system: You are a helpful assistant.
user:
Analyze the provided spectrum to determine if it is a **S-type Star**.

- **Key Indicators for S-type Star:**

    - **(Overall Spectrum Shape):** The first and most obvious characteristic is the overall continuum (the "baseline" shape). It is **extremely "red-sloping,"** meaning the flux (light intensity) is very low on the left side (blue, ~4000-4500 Å) and rises steeply and continuously toward the right side (red, ~7000 Å+).

    - **(Primary):** The spectrum is defined by the presence of strong, broad molecular absorption "valleys" (bands) from **Zirconium Oxide (ZrO)**. The identification of these bands is the **primary requirement** for classifying a star as S-type.
        - **(Key Bandheads):** You must find distinct, deep "dips" where the light has been absorbed. The most critical band systems to locate are:
            - **~6474 Å** ($\gamma$-system): This is often the strongest and clearest ZrO feature, found in the red part of the spectrum.
            - **~5718 Å** & **~5551 Å** ($\beta$-system): A pair of prominent absorption features in the yellow-orange part of the spectrum.
            - **~4640 Å** ($\alpha$-system): A key absorption band system in the blue-green region of the spectrum.

    - **(Secondary Confirmation):** The classification is strengthened by finding additional absorption bands from other related heavy element oxides, which are expected to be present alongside ZrO.
        - **(Key Bandheads):**
            - **Yttrium Oxide (YO):** Look for absorption dips near **~4800 Å** and **~6100 Å**.
            - **Lanthanum Oxide (LaO):** Additional absorption features, particularly in the red-orange part of the spectrum, are also characteristic.

    - **(Line Profile):** The combination of the steep red continuum and these numerous, deep molecular bands (ZrO, YO, etc.) gives the entire spectrum a very **"chopped-up"** or **"bumpy"** appearance. Instead of a smooth curve, the spectrum looks as though large, wide chunks of light have been "carved out" of it at the specific wavelengths listed above.

Think first, call **spectral_visualization_tool** if needed to examine features in detail, then provide your final answer. Your response must adhere to the following strict rules:
1.  **Overall Structure:** Your response must follow the format `<think>...</think> <tool_call>...</tool_call> (if a tool is used) <answer>...</answer>`.
2.  **Tool Usage Constraint:** You may only make **one** tool call per turn.
3.  **Final Answer Format:** In the `<answer>` tag, your conclusion must be inside a `\boxed{}` command (e.g., `\boxed{YES}` or `\boxed{NO}`), followed by your justification.

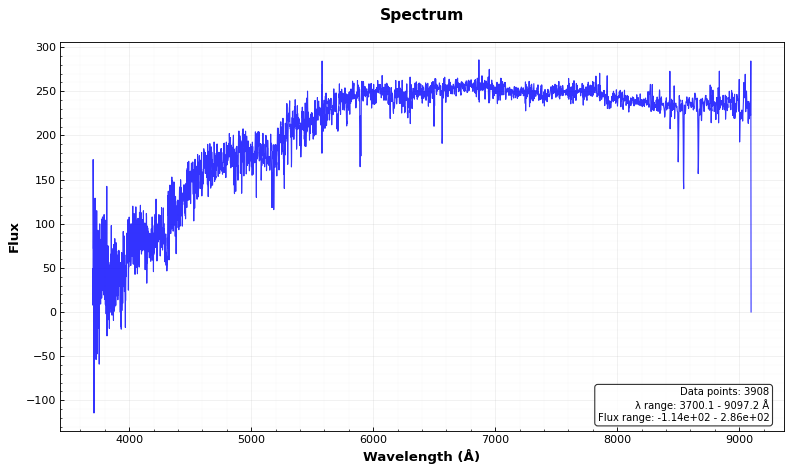
Answer: NO